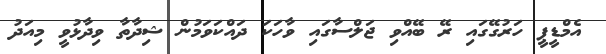
އެމްޑީޕީ ހަރުގޭގައި ރޭ ބޭއްވި ޖަލްސާގައި ވާހަކަ ދައްކަވަމުން ޝިދާތާ ވިދާޅުވީ މިއަދު